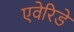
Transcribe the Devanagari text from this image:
एवेरिडे